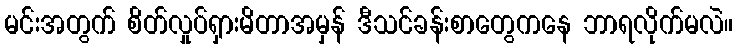
မင်းအတွက် စိတ်လှုပ်ရှားမိတာအမှန် ဒီသင်ခန်းစာတွေကနေ ဘာရလိုက်မလဲ။